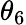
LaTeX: \theta_{6}